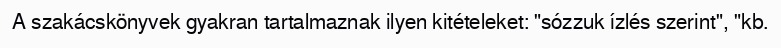
A szakácskönyvek gyakran tartalmaznak ilyen kitételeket: "sózzuk ízlés szerint", "kb.